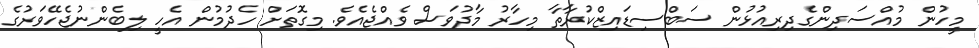
މީހުން މުއްސަދިންގެދިރިއުޅުން ސަބްސިޑައިޒްކުރާތާ މިހާރު މާދުވަސް ވެއްޖެއެވެ. މިގޮތަށް ހެދުމުން އެހީ ލިބެންނުޖެހޭވަރުގެ